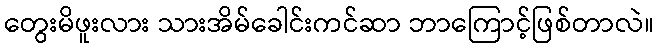
တွေးမိဖူးလား သားအိမ်ခေါင်းကင်ဆာ ဘာကြောင့်ဖြစ်တာလဲ။